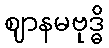
ဈာနမဗုဒ္ဓိ